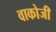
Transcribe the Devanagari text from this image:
वाकोजी